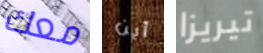
معك أين تيريزا